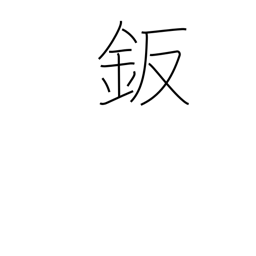
Meaning: sheet metal